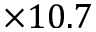
\times 1 0 . 7